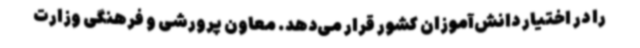
را در اختیار دانش‌آموزان کشور قرار می‌دهد. معاون پرورشی و فرهنگی وزارت